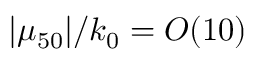
| \mu _ { 5 0 } | / k _ { 0 } = { \cal O } ( 1 0 )